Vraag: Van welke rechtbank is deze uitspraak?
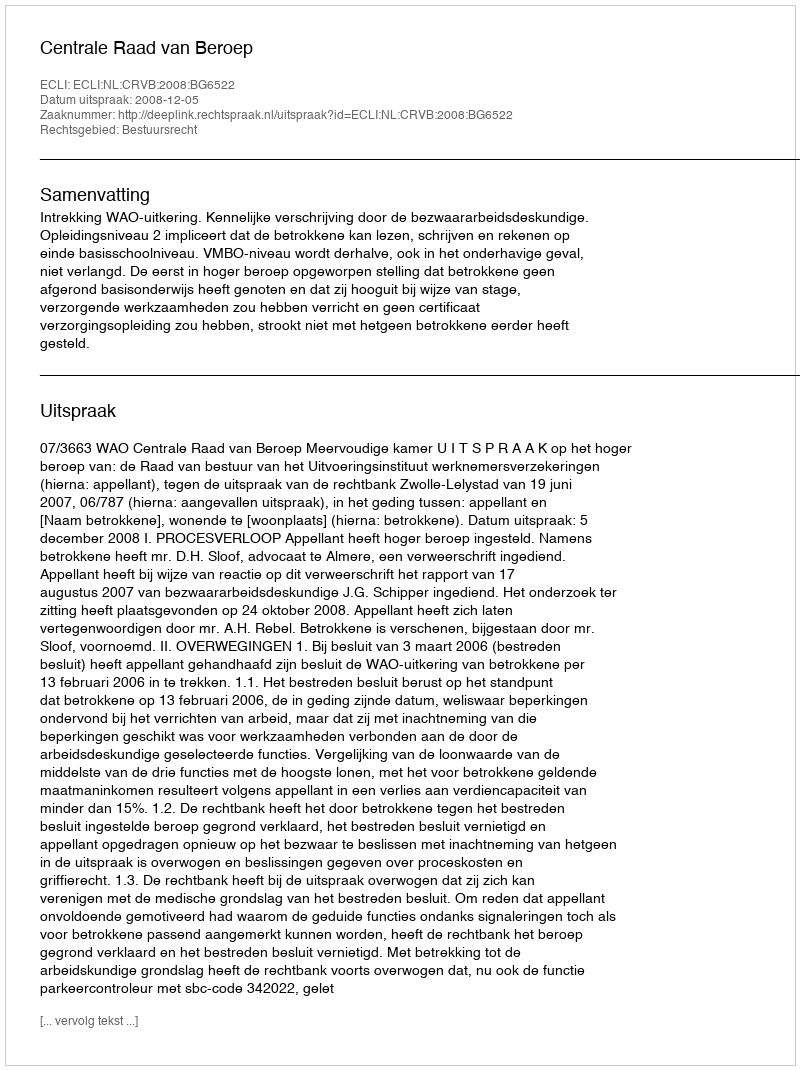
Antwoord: Centrale Raad van Beroep